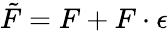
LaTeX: \tilde{F}=F+F\cdot\epsilon